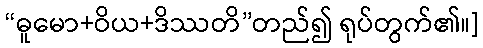
“ဓူမော+ဝိယ+ဒိဿတိ”တည်၍ ရုပ်တွက်၏။]